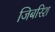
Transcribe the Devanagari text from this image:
जिबरिश